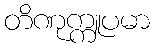
တိဏုက္ကူပမာ